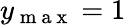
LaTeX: y_{\mathrm{~m~a~x~}}=1